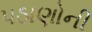
પઠાણોની